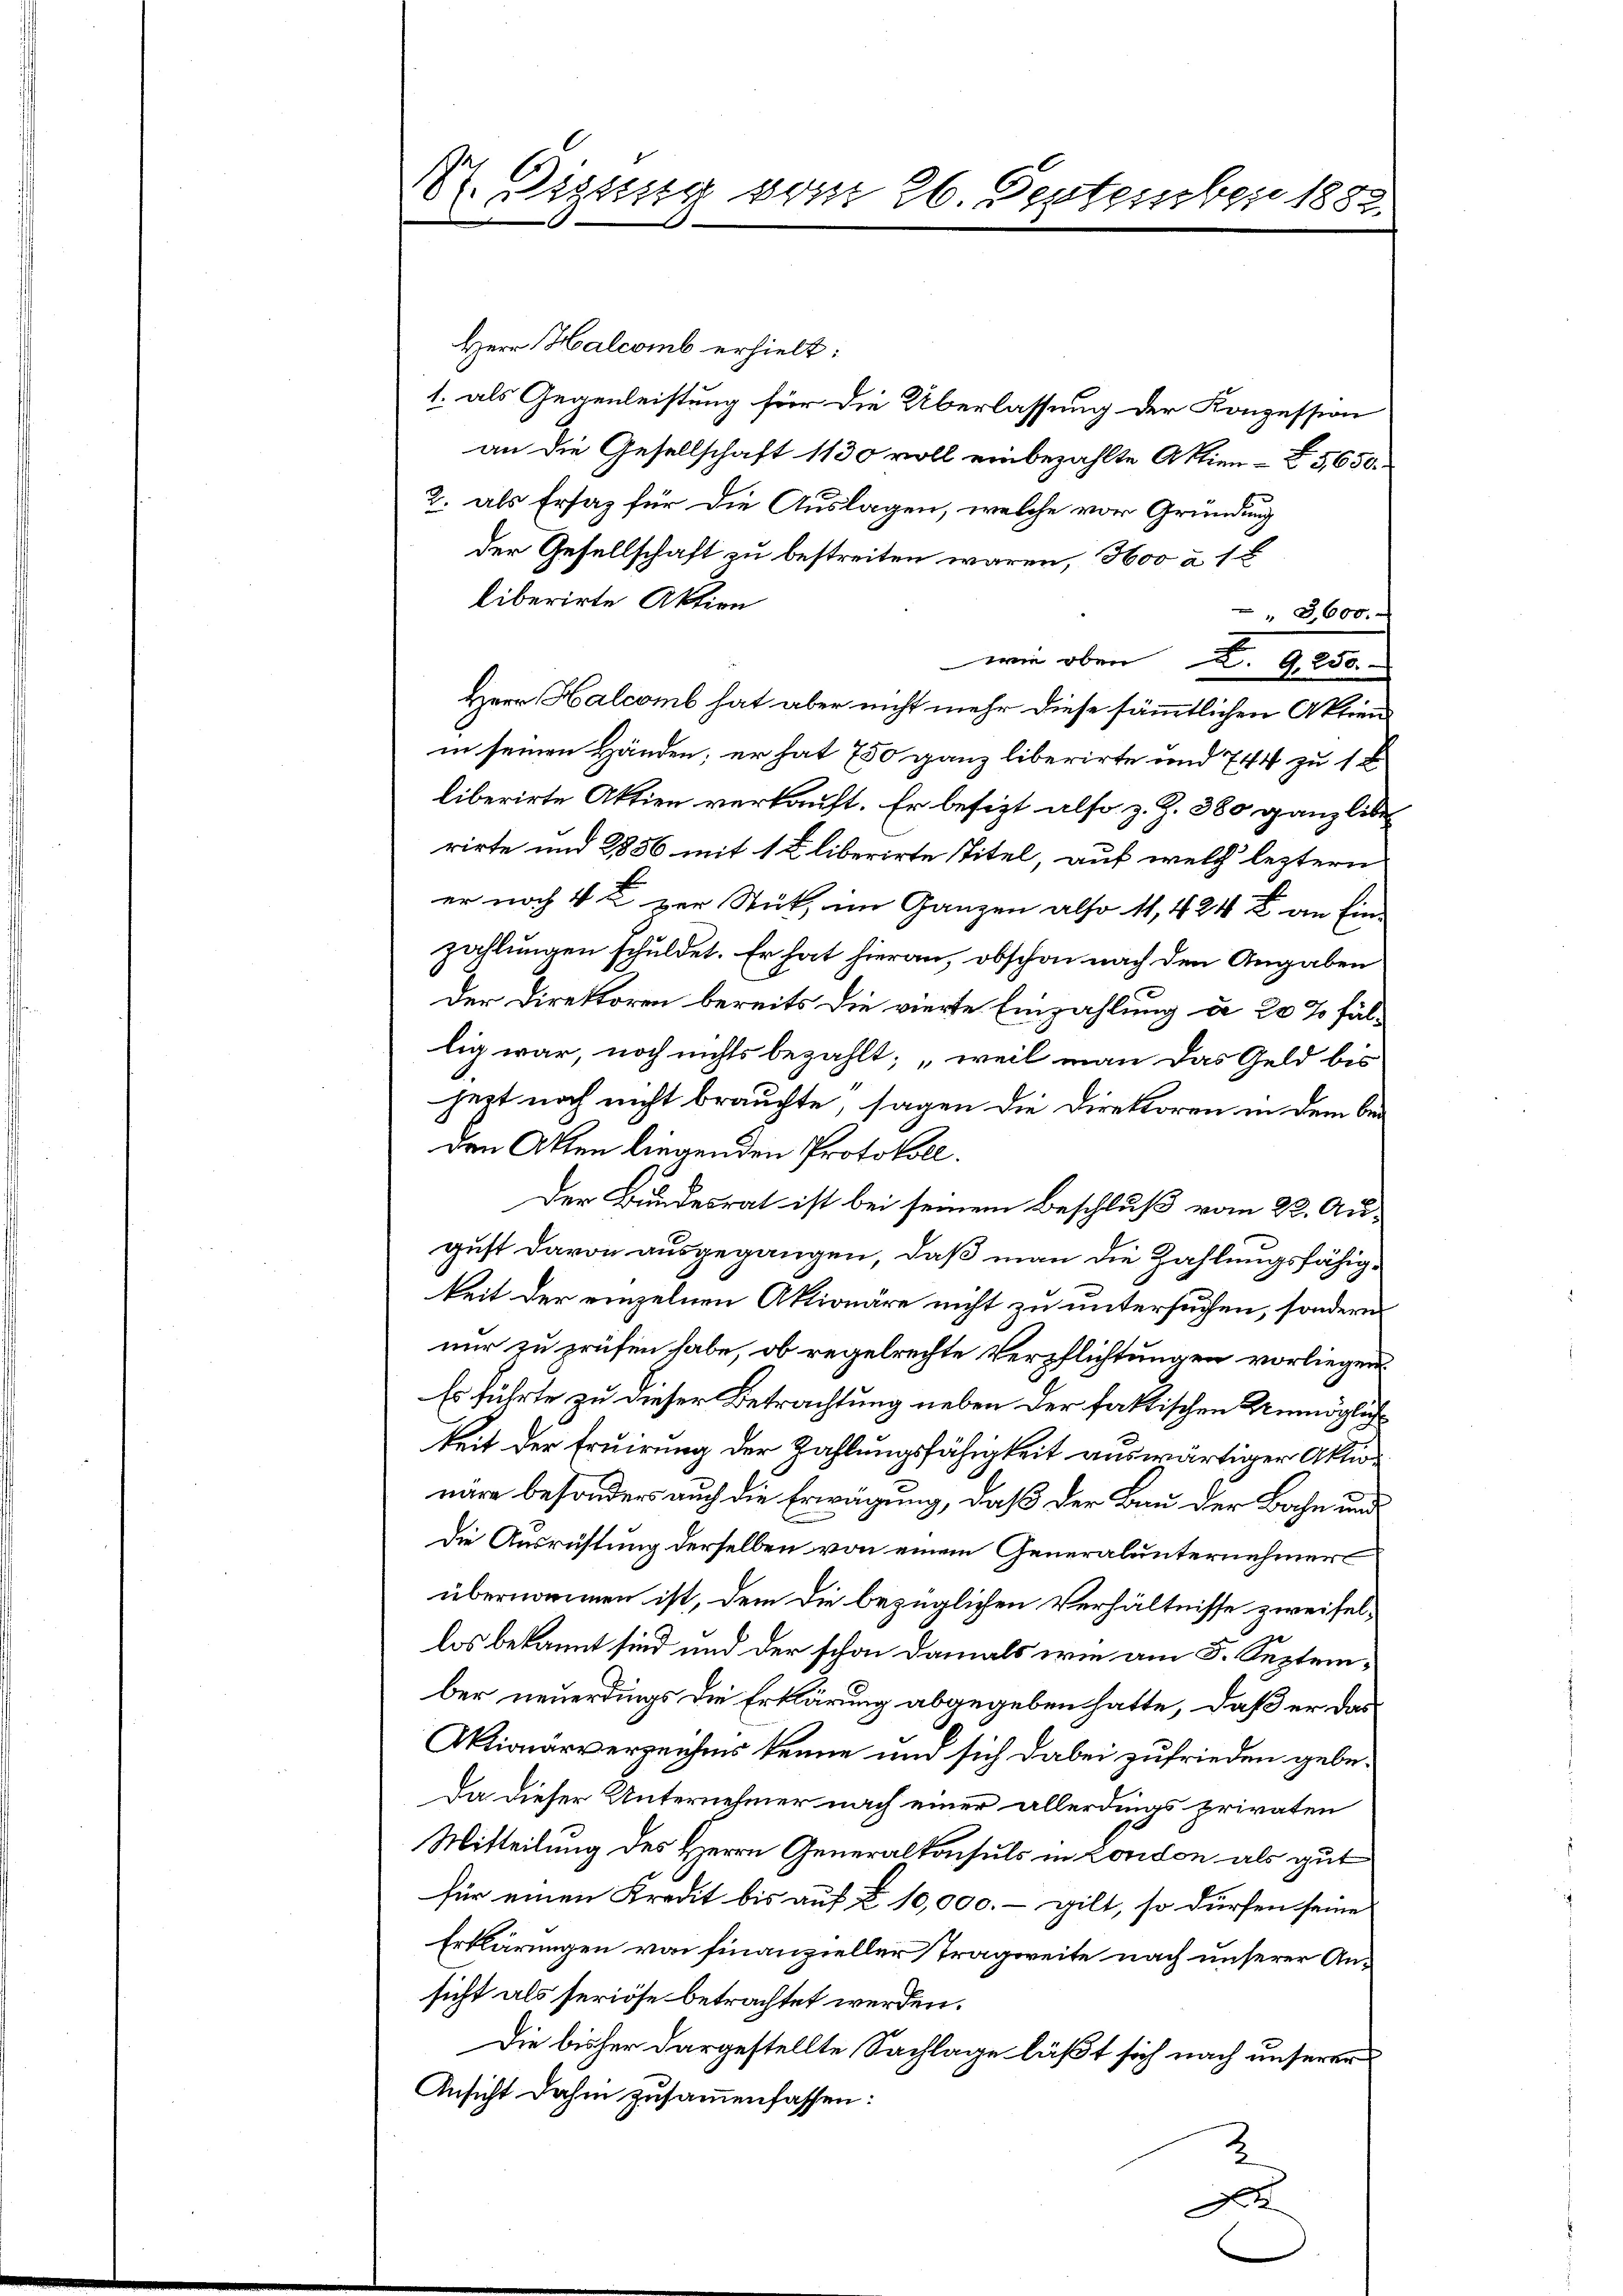
Sl. Gezung vom 26. September 1882.
a

Herr Halcomb erhielt:
1. als Gegenleistung für die Überlassung der Konzession
an die Gesellschaft 1130 voll einbezahlte Aktien-N 5,650.
2. als Ersatz für die Auslagen, welche vor Gründung
der Gesellschaft zu bestreiten waren, Hoo à 1
liberirte Aktien
3,600.
wie oben S. 9000.
Herr Halcomb hat aber nicht mehr diese sämmtlichen Aktien
in seinen Händen; er hat 750 ganz liberirte und 744 zu 1 B
liberirte Aktien verkauft. Er besizt also z. Z. 380 ganz liberirte und 2856 mit 1 Eliberirte Titel, auf welch leztern
er noch 4 zur Stück, im Ganzen also 11, 424 an Einzahlungen schuldet. Er hat hieran, obschon nach den Angaben
Der Direktoren bereits die vierte Einzahlung d. 20 % fällig war, noch nichts bezahlt, „weil man das Geld bis
heit noch nicht brauchte, sagen die Direktoren in dem be
den Akten liegenden Protokoll.
Der Bundesrat ist bei seinem Beschluß vom 22. August davon ausgegangen, daß man die Zahlungsfähigkeit der einzelnen Aktionäre nicht zu untersuchen, sondern
nur zu prüfen habe, ob regelrechte Verpflichtungen vorliegen.
Es führte zu dieser Betrachtung neben der faktischen Unmöglichkeit der Eruirung der Zahlungsfähigkeit auswärtiger Aktonäre besonders auch die Erwägung, daß der Bau der Bahn und
Die Ausrichtung derselben von einem Generalunternehmer
übernommen ist, dem die bezüglichen Verhältnisse zweifellos bekannt sind und der schon damals wie am 5. September neuerdings die Erklärung abgegeben hatte, daß er das
Aktionärverzeichens kenne und sich dabei zufrieden gebe¬
Da dieser Unternehmer nach einer allerdings privaten
Mitteilung des Herrn Generalkonsuls in London als gut
für einen Kredit bis auf § 10,000.- gilt, so dürfen seine
Erklärungen von Finanzieller Tragweite nach unserer Ansicht als seriöse betrachtet werden.
Die bisher dargestellte Sachlage läßt sich nach unserer
Ansicht dahin zusammenfassen:
2
t